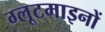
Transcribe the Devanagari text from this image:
ग्लूटमाइनों